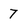
Character: 7